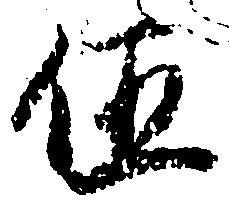
伍